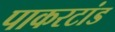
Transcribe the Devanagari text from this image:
पाकरटांड